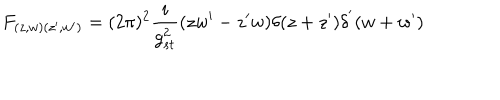
LaTeX: F _ { ( z , w ) ( z ^ { \prime } , w ^ { \prime } ) } = ( 2 \pi ) ^ { 2 } \frac { i } { g _ { s t } ^ { 2 } } ( z w ^ { \prime } - z ^ { \prime } w ) \delta ( z + z ^ { \prime } ) \delta ^ { ' } ( w + w ^ { \prime } )